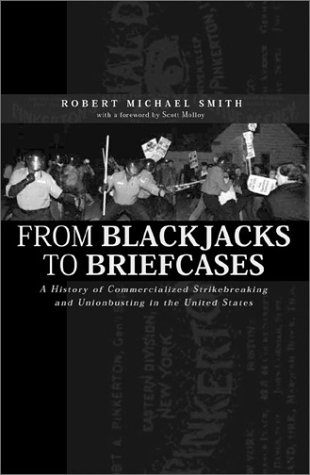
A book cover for From Blackjacks to Briefcases: A History of Commercialized Strikebreaking and Unionbusting in the United States; Robert Michael Smith; Humor & Entertainment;